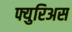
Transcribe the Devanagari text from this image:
फ्युरिअस